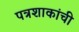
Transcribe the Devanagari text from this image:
पत्रशाकांची